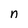
Character: n